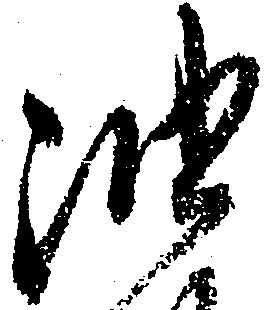
油